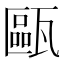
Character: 甌